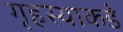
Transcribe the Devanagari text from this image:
गृहस्थाकडे